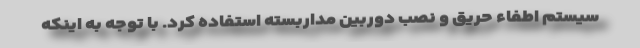
سیستم اطفاء حریق و نصب دوربین مداربسته استفاده کرد. با توجه به اینکه